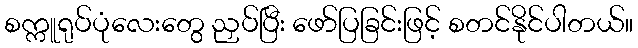
စက္ကူရုပ်ပုံလေးတွေ ညှပ်ပြီး ဖော်ပြခြင်းဖြင့် စတင်နိုင်ပါတယ်။